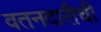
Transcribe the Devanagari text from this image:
वतनदारीची